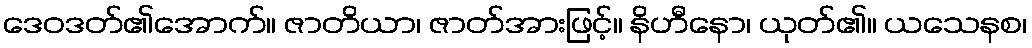
ဒေဝဒတ်၏အောက်။ ဇာတိယာ၊ ဇာတ်အားဖြင့်။ နိဟီနော၊ ယုတ်၏။ ယသေနစ၊